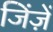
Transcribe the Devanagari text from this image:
जिंज़ें